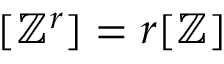
[ \mathbb { Z } ^ { r } ] = r [ \mathbb { Z } ]